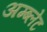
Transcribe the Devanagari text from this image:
अम्ब्लेट